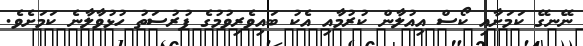
ނޭނގޭ ކަމަށާއި ކޯސް އިއުލާން ކުރުމާއި އެކު ބައިވެރިވުމުގެ ފުރުސަތު ހުޅުވާލާނެ ކަމަށެވެ.